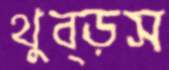
থুব্‌ড়স